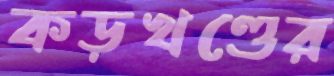
কড়খণ্ডের